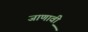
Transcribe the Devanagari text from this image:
जाणावी़